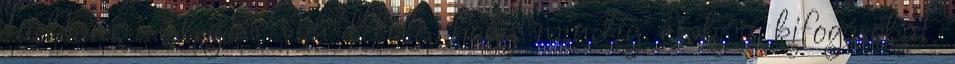
tudtam. -Elegem van belőle, hogy mindig csak a kifogásokat